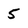
Character: 5